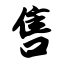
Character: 售